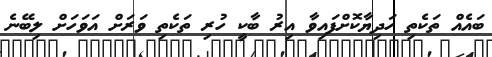
ބައެއް ތަކެތި ހަދިޔާކޮށްފައިވާ އިރު ބާކީ ހުރި ތަކެތި ވަރަށް އަވަހަށް ލިބޭނެ